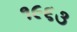
૧૯૬૩